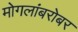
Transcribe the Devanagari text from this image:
मोगलांबरोबर